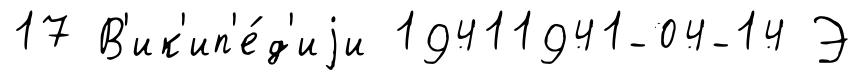
17 В'ик'ип'е́д'иjи 19411941-04-14 Э